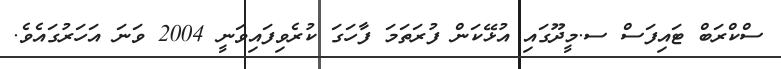
ސްކްރަބް ޓައިފަސް ސ.މީދޫގައި އުޅޭކަން ފުރަތަމަ ފާހަގަ ކުރެވިފައިވަނީ 2004 ވަނަ އަހަރުގައެވެ.